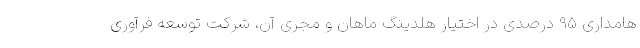
هامداری 95 درصدی در اختیار هلدینگ ماهان و مجری آن، شرکت توسعه فرآوری